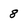
Character: 8